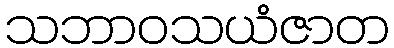
သဘာဝသယံဇာတ